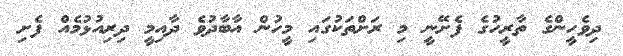
ދިވެހީންގެ ތާރީހުގެ ފެށޭނީ މި ރަށްތަކުގައި މީހުން އާބާދުވެ ދާއިމީ ދިރިއުޅުމެއް ފެށި